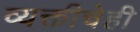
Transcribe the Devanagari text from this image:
व्यक्तीचेही